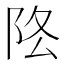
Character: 𨸻